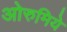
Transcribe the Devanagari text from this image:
ओरुमिये